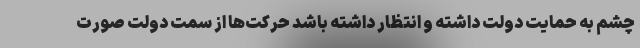
چشم به حمایت دولت داشته و انتظار داشته باشد حرکت­ها از سمت دولت صورت